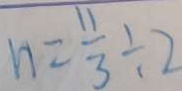
n = \frac { 1 1 } { 3 } \div 2